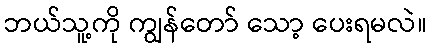
ဘယ်သူ့ကို ကျွန်တော် သော့ ပေးရမလဲ။